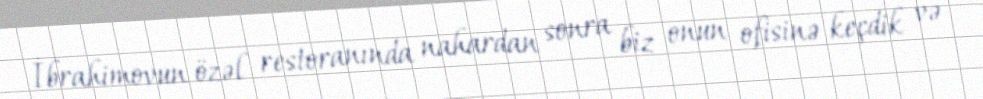
İbrahimovun özəl restoranında nahardan sonra biz onun ofisinə keçdik və